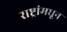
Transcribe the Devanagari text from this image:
राष्ट्रांमधून